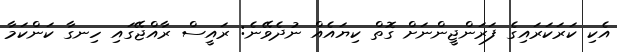
އެކި ކަރަކަރައިގެ ފަރަންޖީންނަށް ގޮތް ކިޔައެއް ނުދެވޭނެ: ރައީސް ރާއްޖޭގައި ހިނގާ ކަންކަމާ